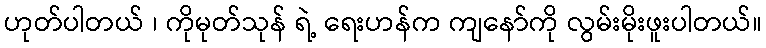
ဟုတ်ပါတယ် ၊ ကိုမုတ်သုန် ရဲ့ ရေးဟန်က ကျနော်ကို လွမ်းမိုးဖူးပါတယ်။